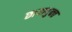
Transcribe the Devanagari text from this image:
छायायुक्‍त